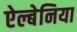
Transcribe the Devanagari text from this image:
ऐल्बेनिया